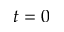
t = 0